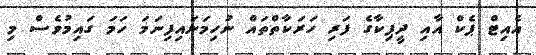
އެއިޓް ޕެކް އާއި ދީޕިކާގެ ފަރި ހަރަކާތްތައް ނުހިމަނައިފިނަމަ ހަމަ ގައިމުވެސް މި